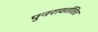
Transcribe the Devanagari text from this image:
पुनरावर्ततित